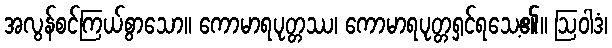
အလွန်စင်ကြယ်စွာသော။ ကောမာရပုတ္တဿ၊ ကောမာရပုတ္တရှင်ရသေ့၏။ ဩဝါဒံ၊